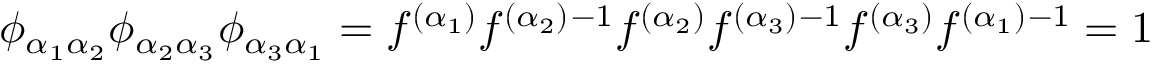
\phi _ { \alpha _ { 1 } \alpha _ { 2 } } \phi _ { \alpha _ { 2 } \alpha _ { 3 } } \phi _ { \alpha _ { 3 } \alpha _ { 1 } } = f ^ { ( \alpha _ { 1 } ) } f ^ { ( \alpha _ { 2 } ) } { } ^ { - 1 } f ^ { ( \alpha _ { 2 } ) } f ^ { ( \alpha _ { 3 } ) } { } ^ { - 1 } f ^ { ( \alpha _ { 3 } ) } f ^ { ( \alpha _ { 1 } ) } { } ^ { - 1 } = 1